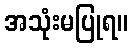
အသုံးမပြုရ။